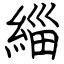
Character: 緇